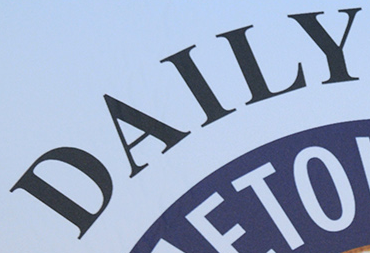
DAILY